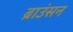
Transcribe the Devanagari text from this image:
ब्राउंसन